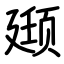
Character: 颋